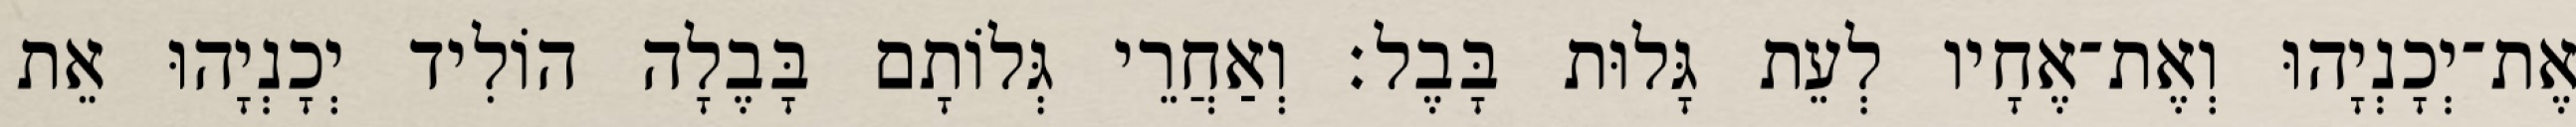
אֶת־יְכָנְיָהוּ וְאֶת־אֶחָיו לְעֵת גָּלוּת בָּבֶל׃ וְאַחֲרֵי גְּלוֹתָם בָּבֶלָה הוֹלִיד יְכָנְיָהוּ אֵת